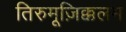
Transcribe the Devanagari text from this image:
तिरुमूज़िक्कलम